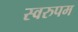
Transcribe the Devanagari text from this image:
स्वरुपम